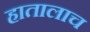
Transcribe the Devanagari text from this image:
हातालाच